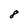
Character: 8